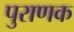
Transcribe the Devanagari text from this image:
पुराणक